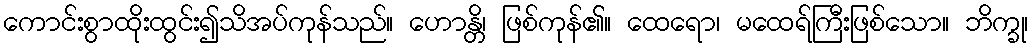
ကောင်းစွာထိုးထွင်း၍သိအပ်ကုန်သည်။ ဟောန္တိ၊ ဖြစ်ကုန်၏။ ထေရော၊ မထေရ်ကြီးဖြစ်သော။ ဘိက္ခု၊